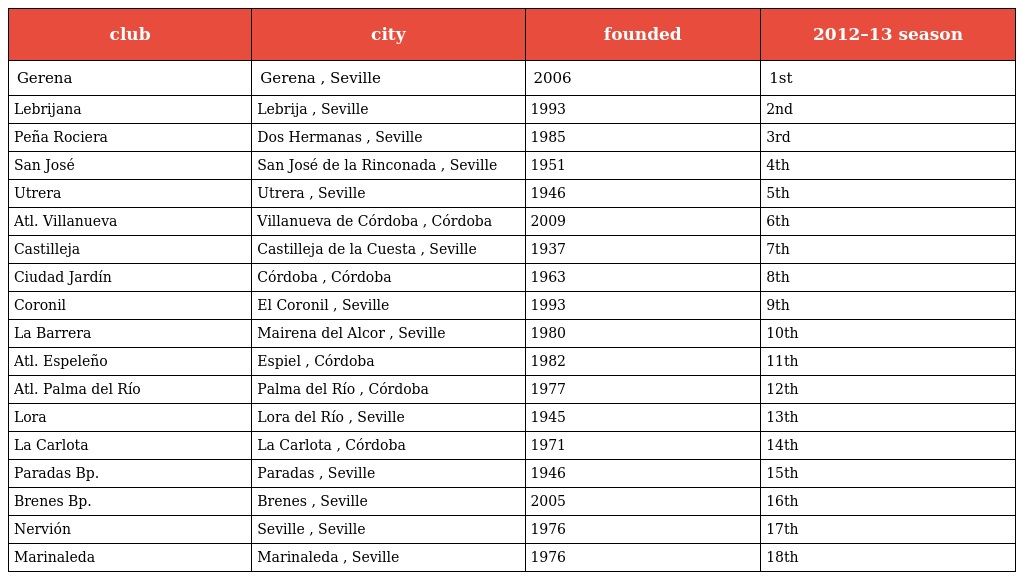
| club | city | founded | 2012–13 season |
 | --- | --- | --- | --- |
 | Gerena | Gerena , Seville | 2006 | 1st |
 | Lebrijana | Lebrija , Seville | 1993 | 2nd |
 | Peña Rociera | Dos Hermanas , Seville | 1985 | 3rd |
 | San José | San José de la Rinconada , Seville | 1951 | 4th |
 | Utrera | Utrera , Seville | 1946 | 5th |
 | Atl. Villanueva | Villanueva de Córdoba , Córdoba | 2009 | 6th |
 | Castilleja | Castilleja de la Cuesta , Seville | 1937 | 7th |
 | Ciudad Jardín | Córdoba , Córdoba | 1963 | 8th |
 | Coronil | El Coronil , Seville | 1993 | 9th |
 | La Barrera | Mairena del Alcor , Seville | 1980 | 10th |
 | Atl. Espeleño | Espiel , Córdoba | 1982 | 11th |
 | Atl. Palma del Río | Palma del Río , Córdoba | 1977 | 12th |
 | Lora | Lora del Río , Seville | 1945 | 13th |
 | La Carlota | La Carlota , Córdoba | 1971 | 14th |
 | Paradas Bp. | Paradas , Seville | 1946 | 15th |
 | Brenes Bp. | Brenes , Seville | 2005 | 16th |
 | Nervión | Seville , Seville | 1976 | 17th |
 | Marinaleda | Marinaleda , Seville | 1976 | 18th |